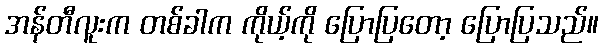
အန်တီလူးက တစ်ခါက ကိုယ့်ကို ပြောပြတော့ ပြောပြသည်။